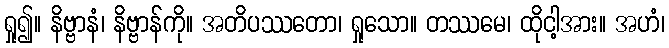
ရှု၍။ နိဗ္ဗာနံ၊ နိဗ္ဗာန်ကို။ အတိပဿတော၊ ရှုသော။ တဿမေ၊ ထိုငါ့အား။ အဟံ၊